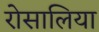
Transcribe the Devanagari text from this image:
रोसालिया